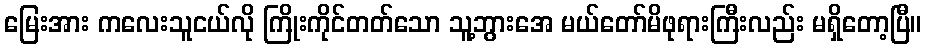
မြေးအား ကလေးသူငယ်လို ကြိုးကိုင်တတ်သော သူ့ဘွားအေ မယ်တော်မိဖုရားကြီးလည်း မရှိတော့ပြီ။